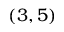
( 3 , 5 )